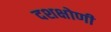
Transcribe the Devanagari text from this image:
दशक्षोणी